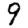
Digit: 9